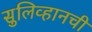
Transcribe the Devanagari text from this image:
सुलिव्हानची